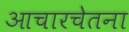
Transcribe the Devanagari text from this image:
आचारचेतना